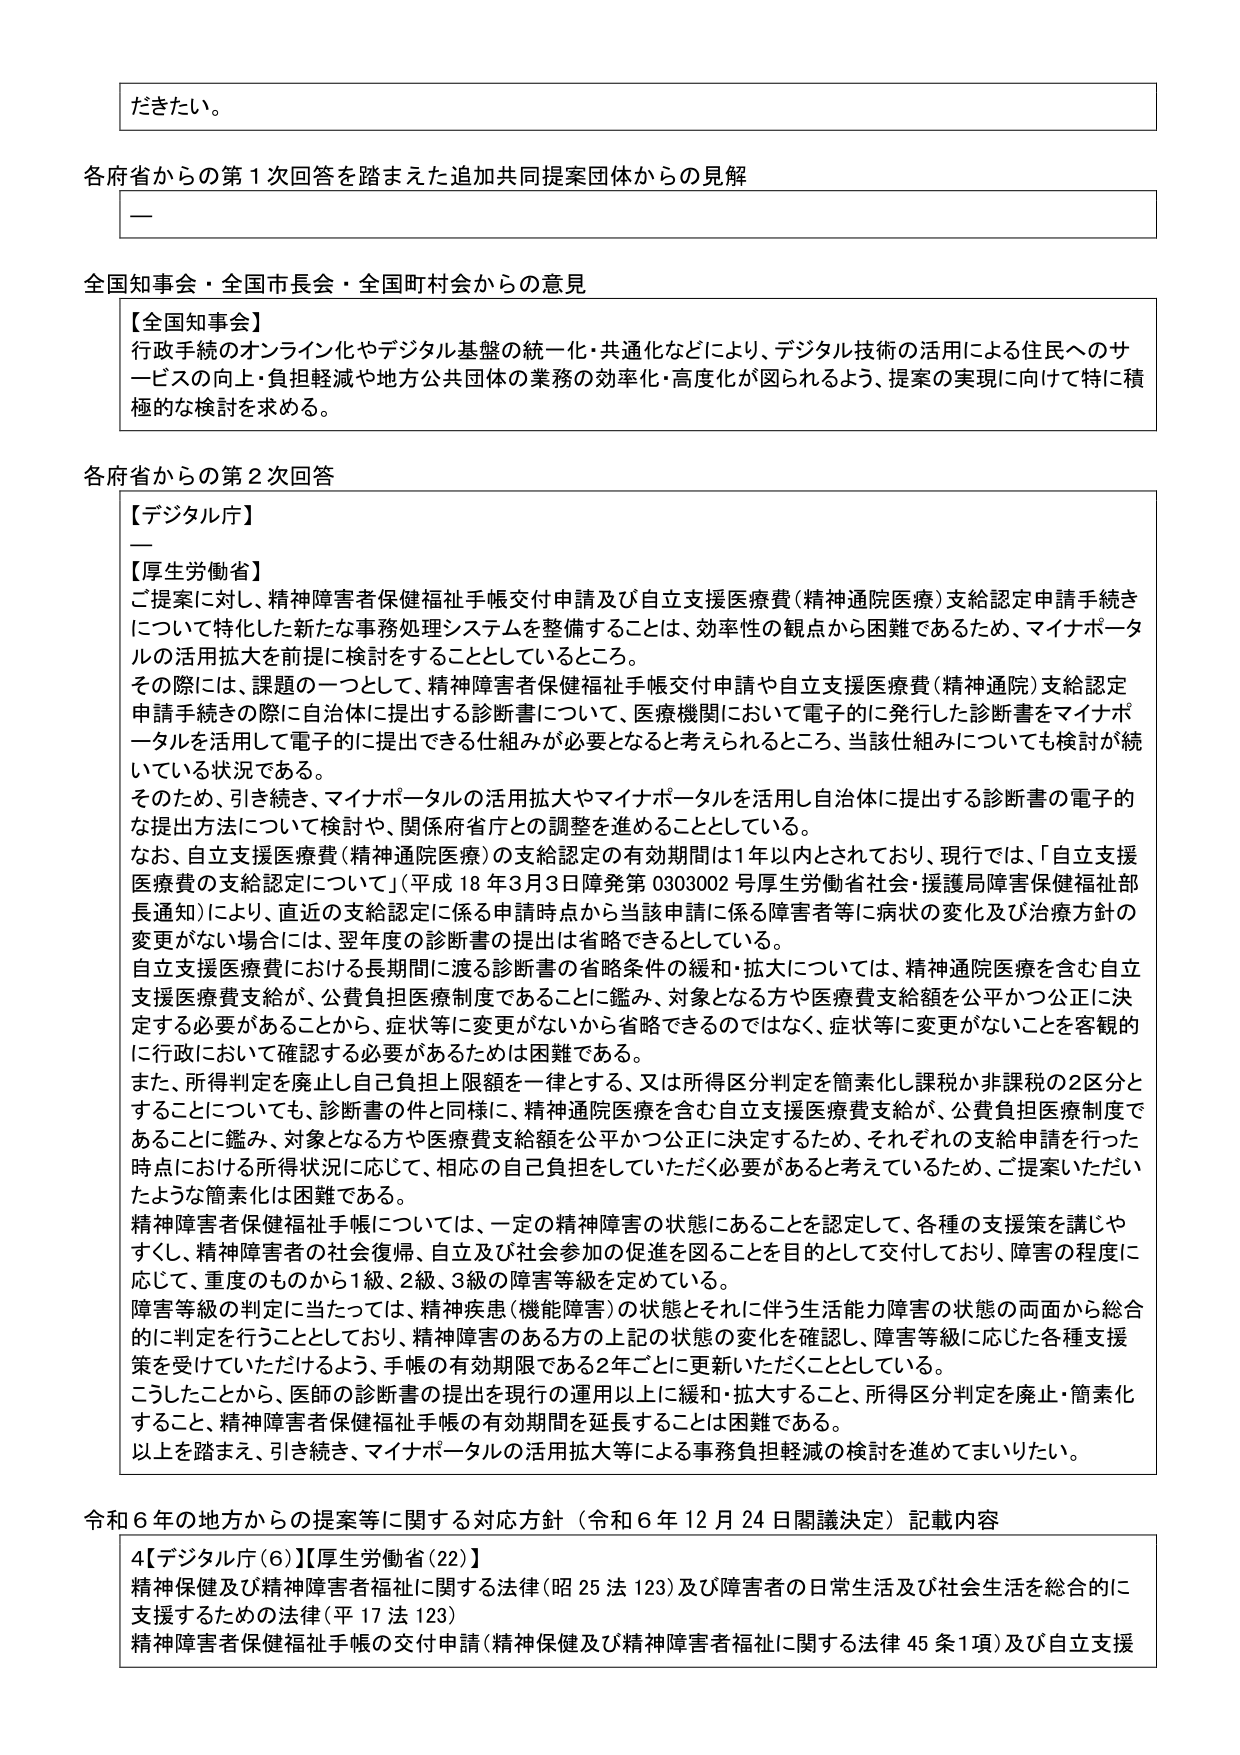
だきたい。

各府省からの第１次回答を踏まえた追加共同提案団体からの見解
—

全国知事会・全国市長会・全国町村会からの意見

【全国知事会】
行政手続のオンライン化やデジタル基盤の統一・共通化などにより、デジタル技術の活用による住民へのサービスの向上・負担軽減や地方公共団体の業務の効率化・高度化が図られるよう、提案の実現に向けて特に積極的な検討を求める。

各府省からの第２次回答

【デジタル庁】
—

【厚生労働省】
ご提案に対し、精神障害者保健福祉手帳交付申請及び自立支援医療費（精神通院医療）支給認定申請手続きについて特化した新たな事務処理システムを整備することは、効率性の観点から困難であるため、マイナポータルの活用拡大を前提に検討をすることとしているところ。
その際には、課題の一つとして、精神障害者保健福祉手帳交付申請や自立支援医療費（精神通院）支給認定申請手続きの際に自治体に提出する診断書について、医療機関において電子的に発行した診断書をマイナポータルを活用して電子的に提出できる仕組みが必要となると考えられるところ、当該仕組みについても検討が続いている状況である。
そのため、引き続き、マイナポータルの活用拡大やマイナポータルを活用し自治体に提出する診断書の電子的な提出方法について検討や、関係府省庁との調整を進めることとしている。
なお、自立支援医療費（精神通院医療）の支給認定の有効期間は1年以内とされており、現行では、「自立支援医療費の支給認定について」（平成18年3月3日障発第0303002号厚生労働省社会・援護局障害保健福祉部長通知）により、直近の支給認定に係る申請時点から当該申請に係る障害者等に病状の変化及び治療方針の変更がない場合には、翌年度の診断書の提出は省略できるとしている。
自立支援医療費における長期間に渡る診断書の省略条件の緩和・拡大については、精神通院医療を含む自立支援医療費支給が、公費負担医療制度であることに鑑み、対象となる方や医療費支給額を公平かつ公正に決定する必要があることから、症状等に変更がないから省略できるのではなく、症状等に変更がないことを客観的に行政において確認する必要があるためは困難である。
また、所得判定を廃止し自己負担上限額を一律とする、又は所得区分判定を簡素化し課税か非課税の2区分とすることについても、診断書の件と同様に、精神通院医療を含む自立支援医療費支給が、公費負担医療制度であることに鑑み、対象となる方や医療費支給額を公平かつ公正に決定するため、それぞれの支給申請を行った時点における所得状況に応じて、相応の自己負担をしていただく必要があると考えているため、ご提案いただいたような簡素化は困難である。
精神障害者保健福祉手帳については、一定の精神障害の状態にあることを認定して、各種の支援策を講じやすくし、精神障害者の社会復帰、自立及び社会参加の促進を図ることを目的として交付しており、障害の程度に応じて、重度のものから1級、2級、3級の障害等級を定めている。
障害等級の判定に当たっては、精神疾患（機能障害）の状態とそれに伴う生活能力障害の状態の両面から総合的に判定を行うこととしており、精神障害のある方の上記の状態の変化を確認し、障害等級に応じた各種支援策を受けていただけるよう、手帳の有効期限である2年ごとに更新いただくこととしている。
こうしたことから、医師の診断書の提出を現行の運用以上に緩和・拡大すること、所得区分判定を廃止・簡素化すること、精神障害者保健福祉手帳の有効期間を延長することは困難である。
以上を踏まえ、引き続き、マイナポータルの活用拡大等による事務負担軽減の検討を進めてまいりたい。

令和６年の地方からの提案等に関する対応方針（令和６年12月24日閣議決定）記載内容

4【デジタル庁（6）】【厚生労働省（22）】
精神保健及び精神障害者福祉に関する法律（昭25法123）及び障害者の日常生活及び社会生活を総合的に支援するための法律（平17法123）
精神障害者保健福祉手帳の交付申請（精神保健及び精神障害者福祉に関する法律45条1項）及び自立支援